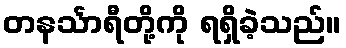
တနင်္သာရီတို့ကို ရရှိခဲ့သည်။